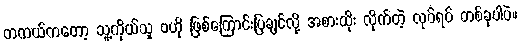
တကယ်ကတော့ သူ့ကိုယ်သူ ဗဟို ဖြစ်ကြောင်းပြချင်လို့ အစားထိုး လိုက်တဲ့ လုပ်ရပ် တစ်ခုပါပဲ။